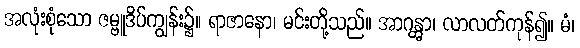
အလုံးစုံသော ဇမ္ဗူဒိပ်ကျွန်း၌။ ရာဇာနော၊ မင်းတို့သည်။ အာဂန္တွာ၊ လာလတ်ကုန်၍။ မံ၊